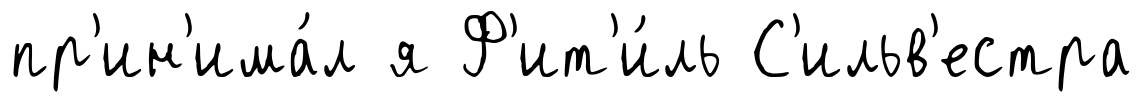
пр'ин'има́л я Ф'ит'и́ль С'ильв'естра